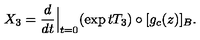
X _ { 3 } = \frac { d } { d t } { \Big \vert } _ { t = 0 } ( \exp t T _ { 3 } ) \circ [ g _ { c } ( z ) ] _ { B } .